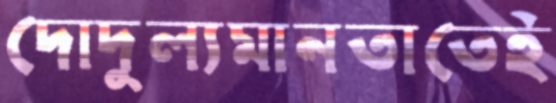
দোদুল্যমানতাতেই